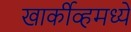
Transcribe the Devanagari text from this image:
खार्कीव्हमध्ये